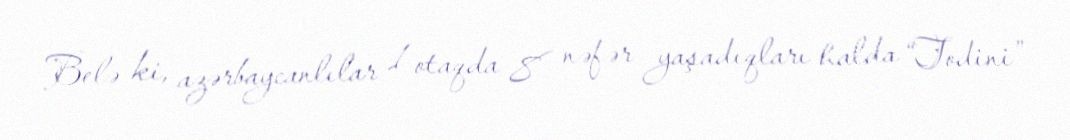
Belə ki, azərbaycanlılar 1 otaqda 8 nəfər yaşadıqları halda “Todini”